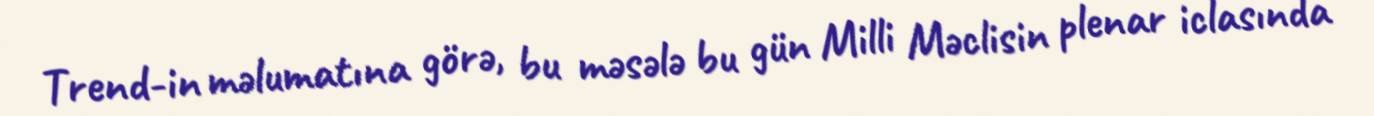
Trend-in məlumatına görə, bu məsələ bu gün Milli Məclisin plenar iclasında